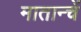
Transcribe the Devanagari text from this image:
मातान्चें